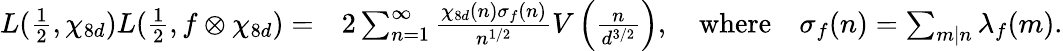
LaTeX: \begin{array}{rl}{L(\frac 12,\chi_{8d})L(\frac 12,f\otimes\chi_{8d})=}&{2\sum_{n=1}^{\infty}\frac{\chi_{8d}(n)\sigma_{f}(n)}{n^{1/2}}V\left(\frac{n}{d^{3/2}}\right),\quad\mathrm{where}\quad\sigma_{f}(n)=\sum_{m|n}\lambda_{f}(m).}\end{array}